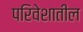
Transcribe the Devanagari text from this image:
परिवेशातील